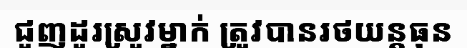
ជួញដូរស្រូវម្នាក់ ត្រូវបានរថយន្តធុន